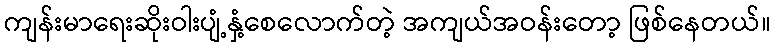
ကျန်းမာရေးဆိုးဝါးပျံ့နှံ့စေလောက်တဲ့ အကျယ်အဝန်းတော့ ဖြစ်နေတယ်။